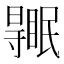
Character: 𥋹